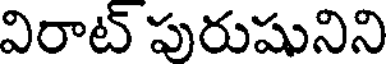
విరాట్ పురుషునిని